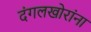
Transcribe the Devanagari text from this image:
दंगलखोरांना